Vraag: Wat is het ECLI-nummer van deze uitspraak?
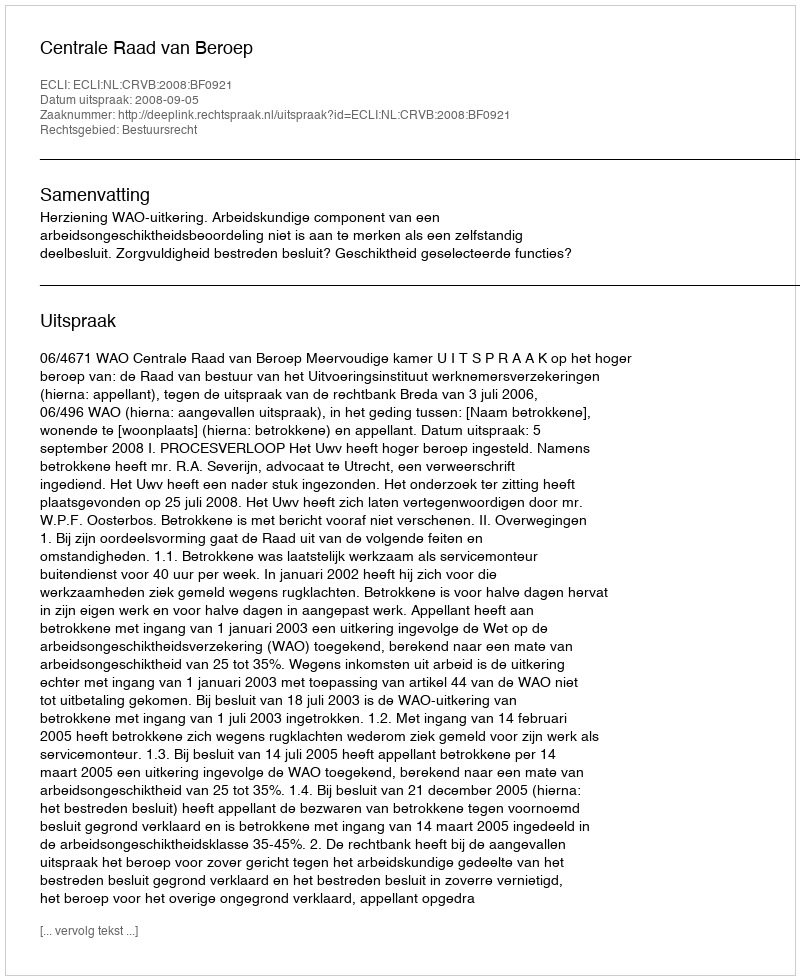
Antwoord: ECLI:NL:CRVB:2008:BF0921